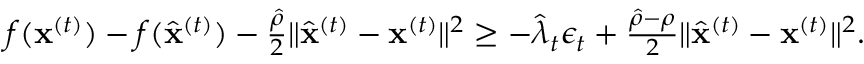
\begin{array} { r } { f ( { \mathbf x } ^ { ( t ) } ) - f ( \widehat { \mathbf x } ^ { ( t ) } ) - \frac { \hat { \rho } } { 2 } \| \widehat { \mathbf x } ^ { ( t ) } - { \mathbf x } ^ { ( t ) } \| ^ { 2 } \geq - \widehat \lambda _ { t } \epsilon _ { t } + \frac { \hat { \rho } - \rho } { 2 } \| \widehat { \mathbf x } ^ { ( t ) } - { \mathbf x } ^ { ( t ) } \| ^ { 2 } . } \end{array}